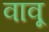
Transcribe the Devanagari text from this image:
वावू